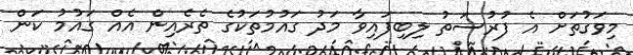
މިވަގުތަށް އެ ފުރުސަތު ލިބިފައިވާ މަދު ގައުމުތަކުގެ ތެރެއިން އެއް ގައުމު ކަން